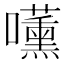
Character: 𭌧